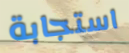
استجابة